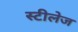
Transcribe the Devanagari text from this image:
स्टीलेज